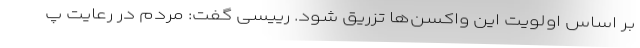
بر اساس اولویت این واکسن‌ها تزریق شود. رییسی گفت: مردم در رعایت پ